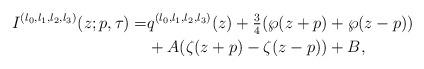
LaTeX: \begin{align*}I^{(l_{0},l_{1},l_{2},l_{3})}(z;p,\tau)= & q^{(l_{0},l_{1},l_{2},l_{3})}(z)+\tfrac{3}{4}(\wp(z+p)+\wp(z-p))\\& +A(\zeta(z+p)-\zeta(z-p))+B,\end{align*}